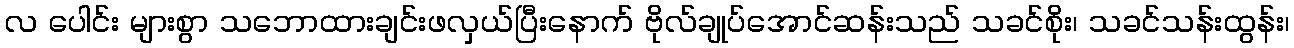
လ ပေါင်း များစွာ သဘောထားချင်းဖလှယ်ပြီးနောက် ဗိုလ်ချုပ်အောင်ဆန်းသည် သခင်စိုး၊ သခင်သန်းထွန်း၊